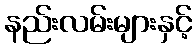
နည်းလမ်းများနှင့်